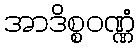
အာဒိစ္စဝဏ္ဏံ